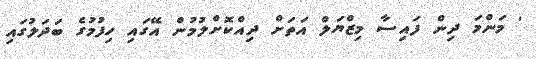
' މަންމަ ދިން ފައިސާ މިޒްޔަލް އަތަށް ދިއްކޮށްލުމުން އޭގައި ހިފުމުގެ ބަދަލުގައި